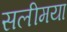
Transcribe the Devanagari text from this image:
सलीमया